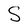
Character: S